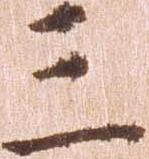
三